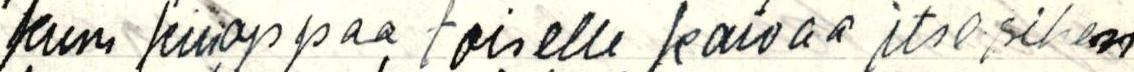
kun kuoppaa toiselle kaivaa itse sihen